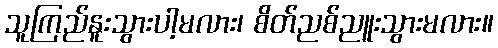
သူကြည်နူးသွားပါ့မလား၊ စိတ်ညစ်ညူးသွားမလား။